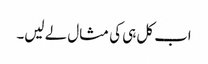
اب کل ہی کی مثال لے لیں۔